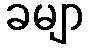
ခမျာ